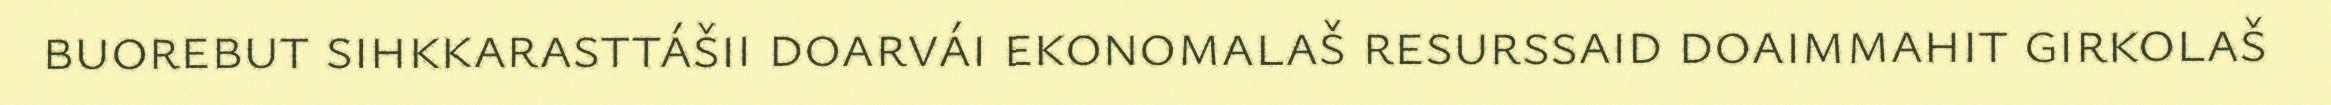
buorebut sihkkarasttášii doarvái ekonomalaš resurssaid doaimmahit girkolaš